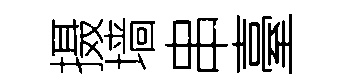
摄墙串臺